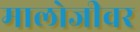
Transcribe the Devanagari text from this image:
मालोजीवर